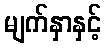
မျက်နှာနှင့်